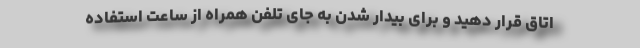
اتاق قرار دهید و برای بیدار شدن به جای تلفن همراه از ساعت استفاده